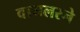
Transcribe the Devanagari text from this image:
वायलरने